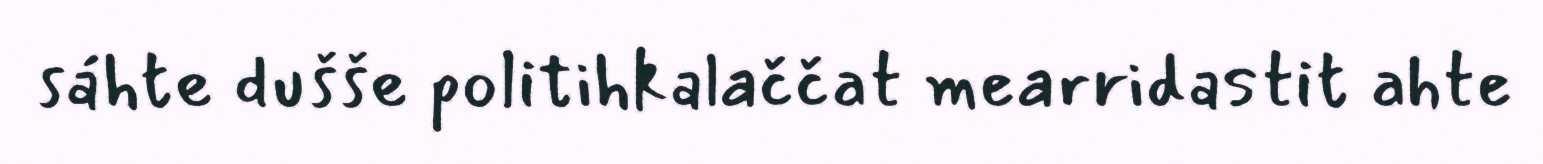
sáhte dušše politihkalaččat mearridastit ahte